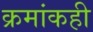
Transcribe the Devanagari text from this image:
क्रमांकही